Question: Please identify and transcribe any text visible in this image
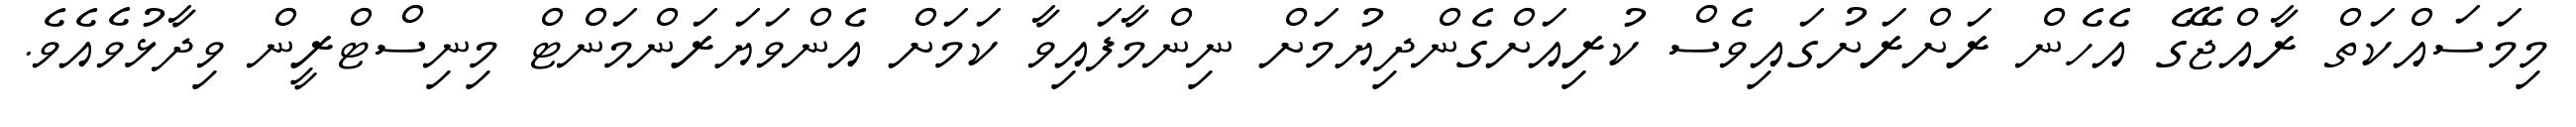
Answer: މިމަސައްކަތް ރާއްޖޭގެ އެހެން ރަށްރަށުގައިވެސް ކުރިއަށްގެންދިޔުމަށް ނިންމާފައިވާ ކަމަށް އެންވަޔަރަންމަންޓް މިނިސްޓްރީން ވިދާޅުވެއެވެ.